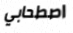
اصطحابي